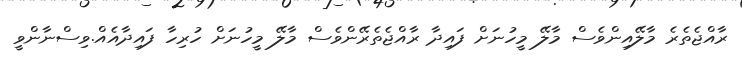
ރާއްޖެތެރެ މާލޭއިންވެސް މާލޭ މީހުނަށް ފައިދާ ރާއްޖެތެރޭންވެސް މާލޭ މީހުނަށް ހުރިހާ ފައިދާއެއް.ވިސްނާންވީ